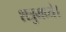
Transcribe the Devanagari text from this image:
शत्रुमध्ये।